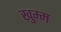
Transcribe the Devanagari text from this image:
ख़ुम्म